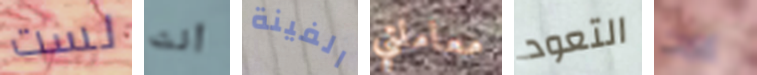
لست أنت الفينة معاملتي التعود إيمت